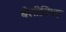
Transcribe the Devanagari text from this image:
बेलीज़ियाइ